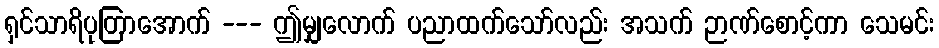
ရှင်သာရိပုတြာအောက် --- ဤမျှလောက် ပညာထက်သော်လည်း အသက် ဉာဏ်စောင့်ကာ သေမင်း